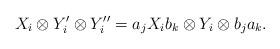
LaTeX: \begin{align*}X_i \otimes Y_i' \otimes Y_i'' = a_j X_i b_k \otimes Y_i \otimes b_j a_k.\end{align*}